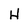
Character: H